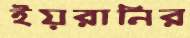
ইয়রানির